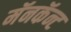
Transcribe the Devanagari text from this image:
मॅनकॅन्ट